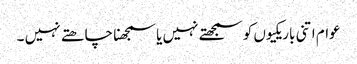
عوام اتنی باریکیوں کو سمجھتے نہیں یا سمجھنا چاھتے نہیں ۔